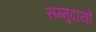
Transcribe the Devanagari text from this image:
सम्मुदायों